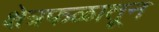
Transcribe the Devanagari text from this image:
क्षेत्रफळातून